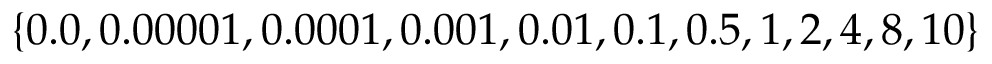
\{ 0 . 0 , 0 . 0 0 0 0 1 , 0 . 0 0 0 1 , 0 . 0 0 1 , 0 . 0 1 , 0 . 1 , 0 . 5 , 1 , 2 , 4 , 8 , 1 0 \}